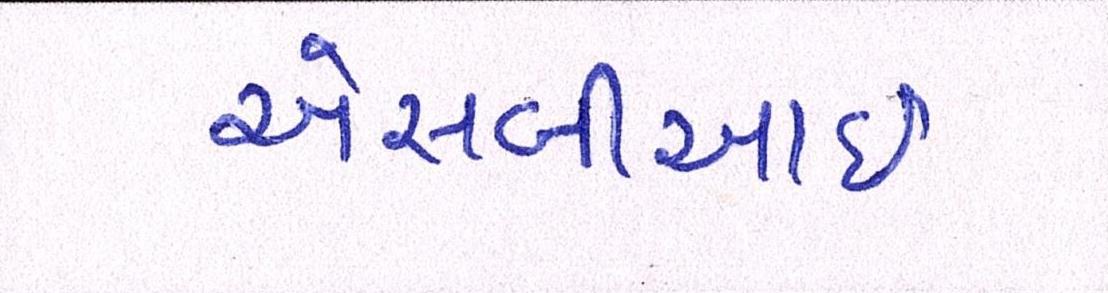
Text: એસબીઆઇ